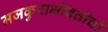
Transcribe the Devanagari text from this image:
मजकुराभोवतीची